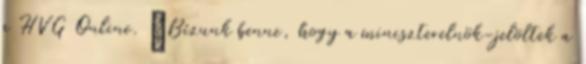
a HVG Online. „Bízunk benne, hogy a miniszterelnök-jelöltek a